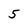
Character: 5